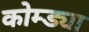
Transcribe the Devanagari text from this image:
कोम्ड्या